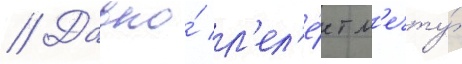
// Давно́ л'ел'е́ет м'ечту́